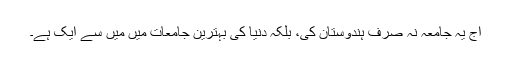
آج یہ جامعہ نہ صرف ہندوستان کی، بلکہ دنیا کی بہترین جامعات میں میں سے ایک ہے۔